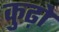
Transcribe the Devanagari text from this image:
कुढ़ो